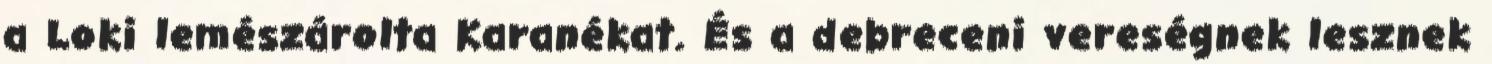
a Loki lemészárolta Karanékat. És a debreceni vereségnek lesznek